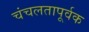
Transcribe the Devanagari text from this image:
चंचलतापूर्वक